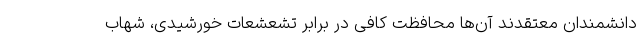
دانشمندان معتقدند آن‌ها محافظت کافی در برابر تشعشعات خورشیدی، شهاب